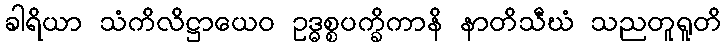
ခါရိယာ သံကိလိဋ္ဌာယေဝ ဥဒ္ဓစ္စပက္ခိကာနိ နာတိသီဃံ သညတူရူတိ